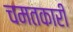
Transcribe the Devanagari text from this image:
चमतकारी